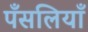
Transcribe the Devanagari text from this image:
पँसलियाँ